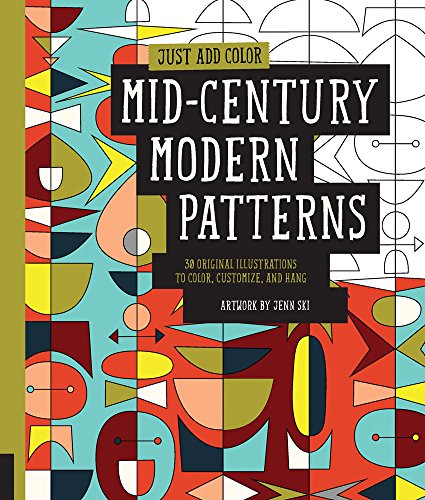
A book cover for Just Add Color: Mid-Century Modern Patterns: 30 Original Illustrations To Color, Customize, and Hang; Jenn Ski; Arts & Photography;